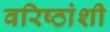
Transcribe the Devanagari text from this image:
वरिष्ठांशी